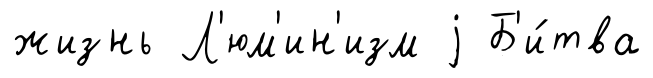
жизнь Л'юм'ин'изм j Б'и́тва